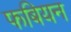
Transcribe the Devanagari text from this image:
फबियन